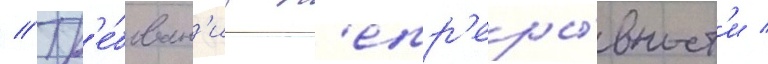
// Тр'е́бован'иа н'епр'еры́вност'и /